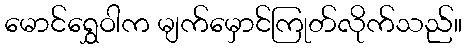
မောင်ရွှေဝါက မျက်မှောင်ကြုတ်လိုက်သည်။